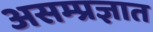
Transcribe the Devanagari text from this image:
असम्प्रज्ञात